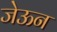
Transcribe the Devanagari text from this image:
जेऊन